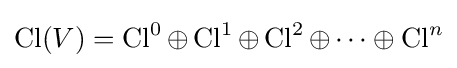
\operatorname {Cl} (V)=\operatorname {Cl} ^{0}\oplus \operatorname {Cl} ^{1}\oplus \operatorname {Cl} ^{2}\oplus \cdots \oplus \operatorname {Cl} ^{n}